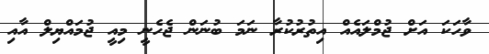
ވާހަކަ އަށް ޖުމްލައެއް އިތުރުކުރާ ނަމަ ބުނަން ޖެހެނީ މިއީ ޖުމައްޔިލް އާއި